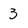
Character: 3